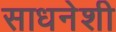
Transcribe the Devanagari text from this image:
साधनेशी